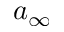
a _ { \infty }